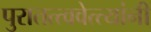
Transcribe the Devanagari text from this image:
पुरातत्त्ववेत्त्यांनी